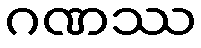
ဂဏဿ